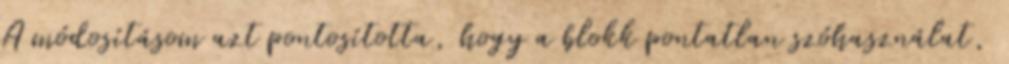
A módosításom azt pontosította, hogy a blokk pontatlan szóhasználat,